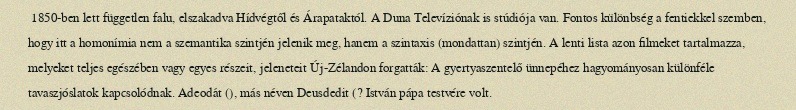
1850-ben lett független falu, elszakadva Hídvégtől és Árapataktól. A Duna Televíziónak is stúdiója van. Fontos különbség a fentiekkel szemben, hogy itt a homonímia nem a szemantika szintjén jelenik meg, hanem a szintaxis (mondattan) szintjén. A lenti lista azon filmeket tartalmazza, melyeket teljes egészében vagy egyes részeit, jeleneteit Új-Zélandon forgatták: A gyertyaszentelő ünnepéhez hagyományosan különféle tavaszjóslatok kapcsolódnak. Adeodát (), más néven Deusdedit (? István pápa testvére volt.